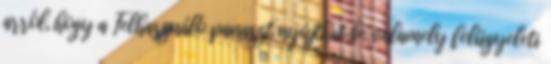
arról, hogy a Felhasználó panaszt nyújthat be valamely felügyeleti